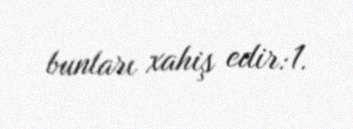
bunları xahiş edir:1.